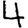
Digit: 4